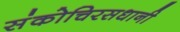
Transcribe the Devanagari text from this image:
संकोचिरसधानी